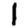
Digit: 1